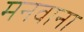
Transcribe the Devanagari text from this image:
मनवाना